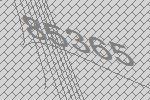
85365